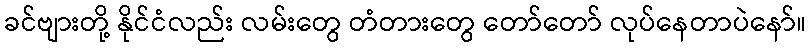
ခင်ဗျားတို့ နိုင်ငံလည်း လမ်းတွေ တံတားတွေ တော်တော် လုပ်နေတာပဲနော်။